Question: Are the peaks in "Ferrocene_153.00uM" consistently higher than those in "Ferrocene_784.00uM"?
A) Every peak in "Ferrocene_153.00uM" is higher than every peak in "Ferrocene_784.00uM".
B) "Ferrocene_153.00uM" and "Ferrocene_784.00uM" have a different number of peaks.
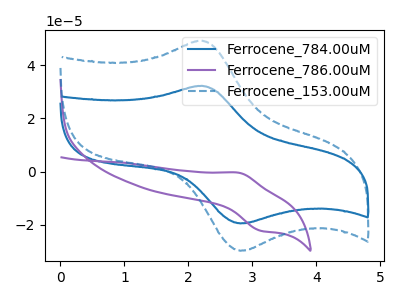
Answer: <think>The blue curve "Ferrocene_784.00uM" has an anodic peak at (2.20V, 32.30uA) and a cathodic peak at (2.80V, -19.60uA). The purple curve "Ferrocene_786.00uM" has an anodic peak at (2.80V, -0.50uA) and a cathodic peak at (3.15V, -22.35uA). The blue dashed curve "Ferrocene_153.00uM" has an anodic peak at (2.20V, 49.35uA) and a cathodic peak at (2.80V, -29.90uA).</think>
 <answer>A) Every peak in "Ferrocene_153.00uM" is higher than every peak in "Ferrocene_784.00uM".</answer>
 <eval>A</eval>